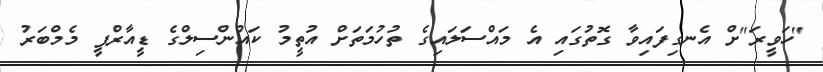
"ހަވީރަ"ށް އެނގިފައިވާ ގޮތުގައި އެ މައްސަލައިގެ ތުހުމަތަށް އުތީމު ކައުންސިލްގެ ޑީއާރްޕީ މެމްބަރު